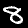
Label: 8